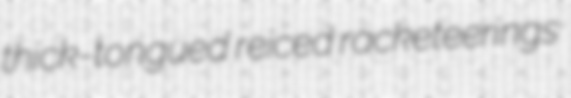
thick-tongued reiced racketeerings